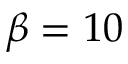
\beta = 1 0